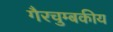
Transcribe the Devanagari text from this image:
गैरचुम्बकीय